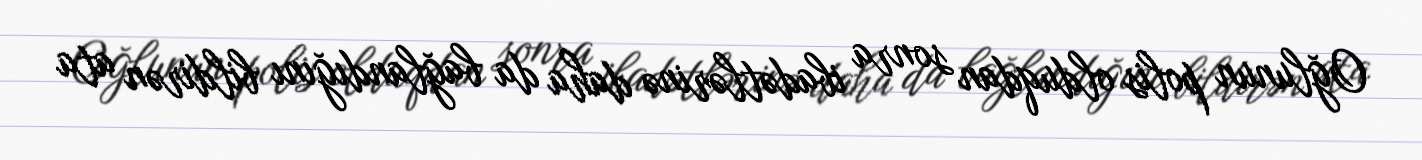
Oğlunun polis olduqdan sonra ibadətlərinə daha da bağlandığını bildirən ata